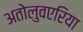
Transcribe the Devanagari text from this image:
अतोलुवएरिया